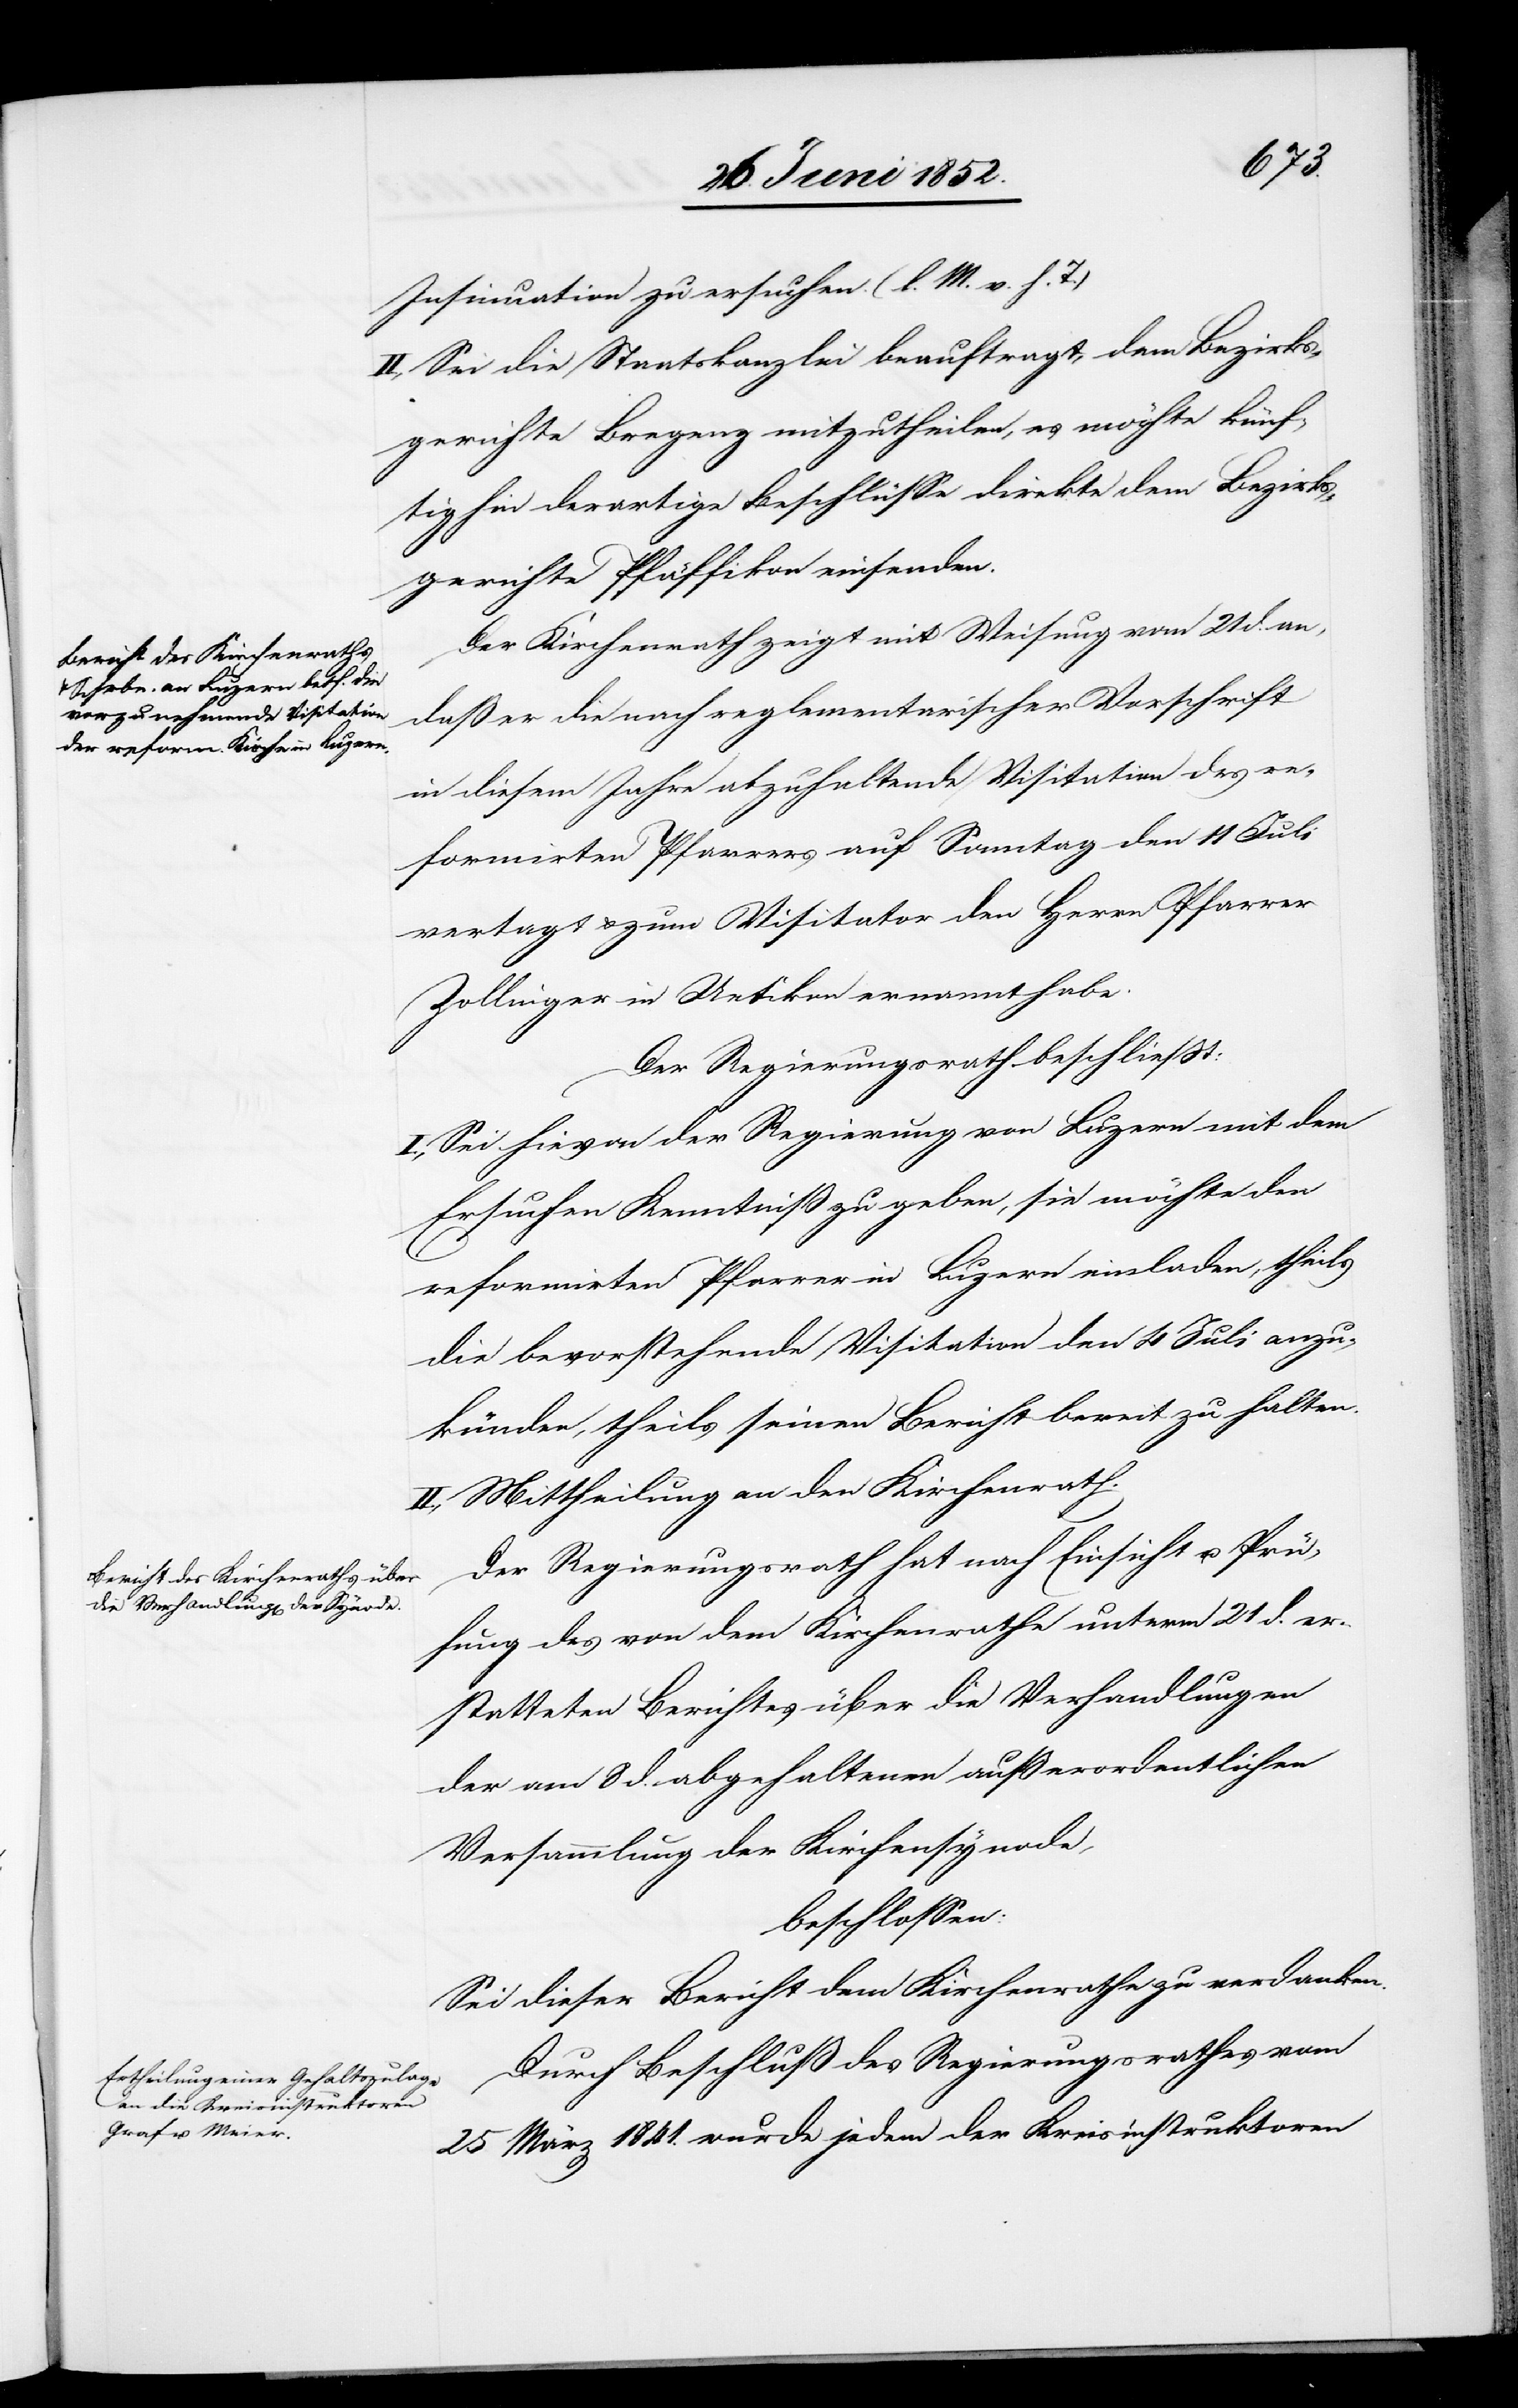
Insinuation zu ersuchen. (l. M. v. h. T.)
II., Sei die Staatskanzlei beauftragt, dem Bezirks¬
gerichte Bregenz mitzutheilen, es möchte künf¬
tighin derartige Beschlüsse direkte dem Bezirks¬
gerichte Pfäffikon einsenden.
Der Kirchenrath zeigt mit Weisung vom 21 d. an,
daß er die nach reglementarischer Vorschrift
in diesem Jahre abzuhaltende Visitation des re¬
formirten Pfarrers auf Sonntag den 11 Juli
vertagt & zum Visitator den Herrn Pfarrer
Zollinger in Uetikon ernannt habe.
Der Regierungsrath beschließt:
I., Sei hievon der Regierung von Luzern mit dem
Ersuchen Kenntniß zu geben, sie möchte den
reformirten Pfarrer in Luzern einladen, theils
die bevorstehende Visitation den 4 Juli anzu¬
künden, theils seinen Bericht bereit zu halten.
II., Mittheilung an den Kirchenrath.
Der Regierungsrath hat nach Einsicht u. Prü¬
fung des von dem Kirchenrathe unterm 21 d. er¬
statteten Berichts über die Verhandlungen
der am 8 d. abgehaltenen außerordentlichen
Versammlung der Kirchensynode,
beschlossen:
Sei dieser Bericht dem Kirchenrathe zu verdanken.
Durch Beschluß des Regierungsrathes vom
25 März 1841. wurde jedem der Kreisinstruktoren